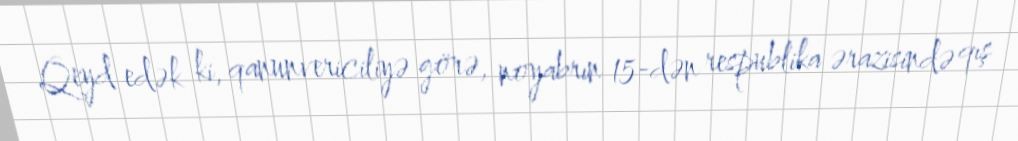
Qeyd edək ki, qanunvericiliyə görə, noyabrın 15-dən respublika ərazisində qış